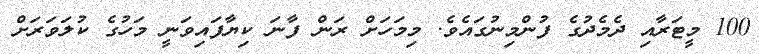
100 މީޓަރާއި ދެމެދުގެ ފުންމިނުގައެވެ. މިމަހަށް ރަން ފާނަ ކިޔާފައިވަނީ މަހުގެ ކުލަވަރަށް